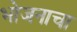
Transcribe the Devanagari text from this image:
भोजनाचा